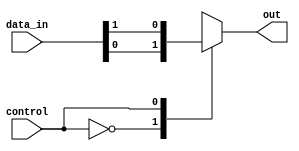
module multiplexer_128to1 (
    input [127:0] data_in,
    input control,
    output reg out
);

always @*
begin
    case (control)
        7'b0000000: out = data_in[0];
        7'b0000001: out = data_in[1];
        // continue for all 128 input signals
        default: out = 0; // if control signal is not within range, set output to 0
    endcase
end

endmodule